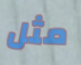
مثل